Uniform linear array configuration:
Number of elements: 24
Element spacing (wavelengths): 1
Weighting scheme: uniform
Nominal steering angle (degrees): -45
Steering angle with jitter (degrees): -45.79
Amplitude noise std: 0.05
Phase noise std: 0.05

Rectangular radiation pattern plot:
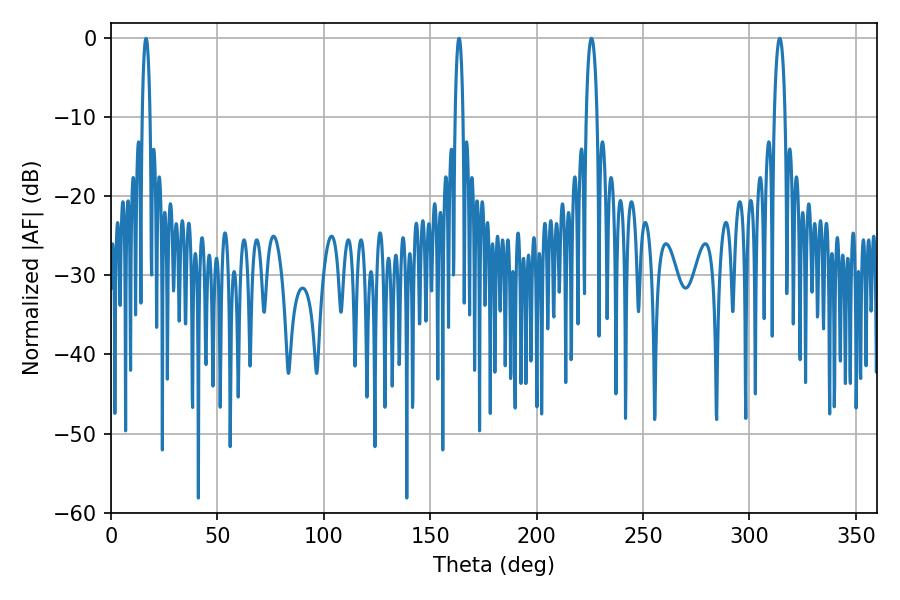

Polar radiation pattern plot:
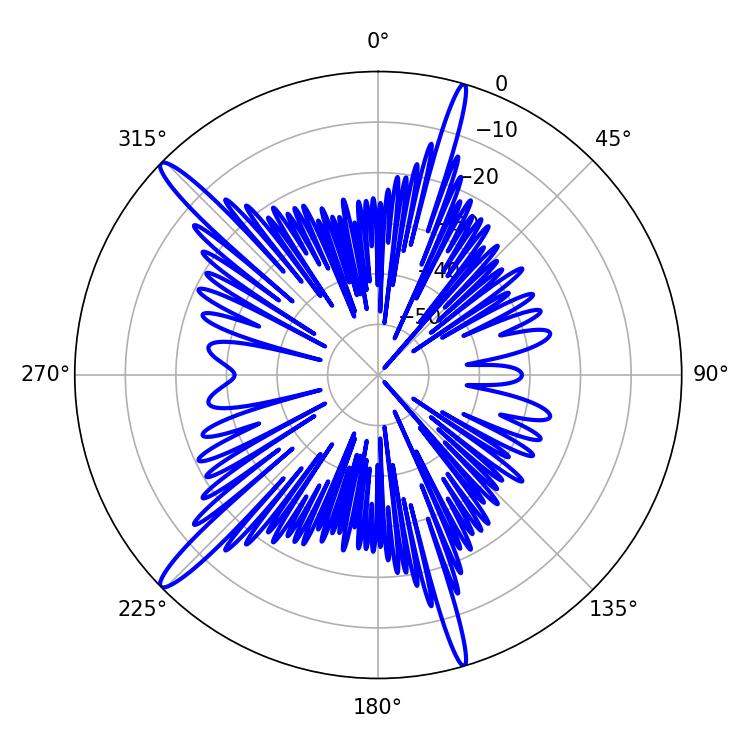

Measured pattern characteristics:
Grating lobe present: TRUE
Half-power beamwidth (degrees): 2.88
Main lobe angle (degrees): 314.28